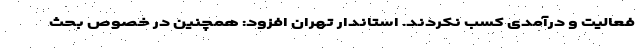
فعالیت و درآمدی کسب نکردند. استاندار تهران افزود: همچنین در خصوص بحث